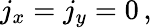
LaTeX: j_{x}=j_{y}=0\, ,